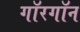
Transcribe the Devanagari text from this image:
गॉरगॉन